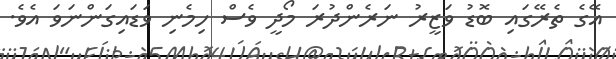
އޭގެ ތެރޭގައި ބޮޑު ވަޒީރު ނަރެންދުރަ މޯދީ ވެސް ހިމެނި ވަޑައިގަންނަވަ އެވެ.